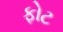
ફોટ